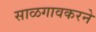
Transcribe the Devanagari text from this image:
साळगावकरने